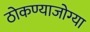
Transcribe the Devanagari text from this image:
ठोकण्याजोग्या